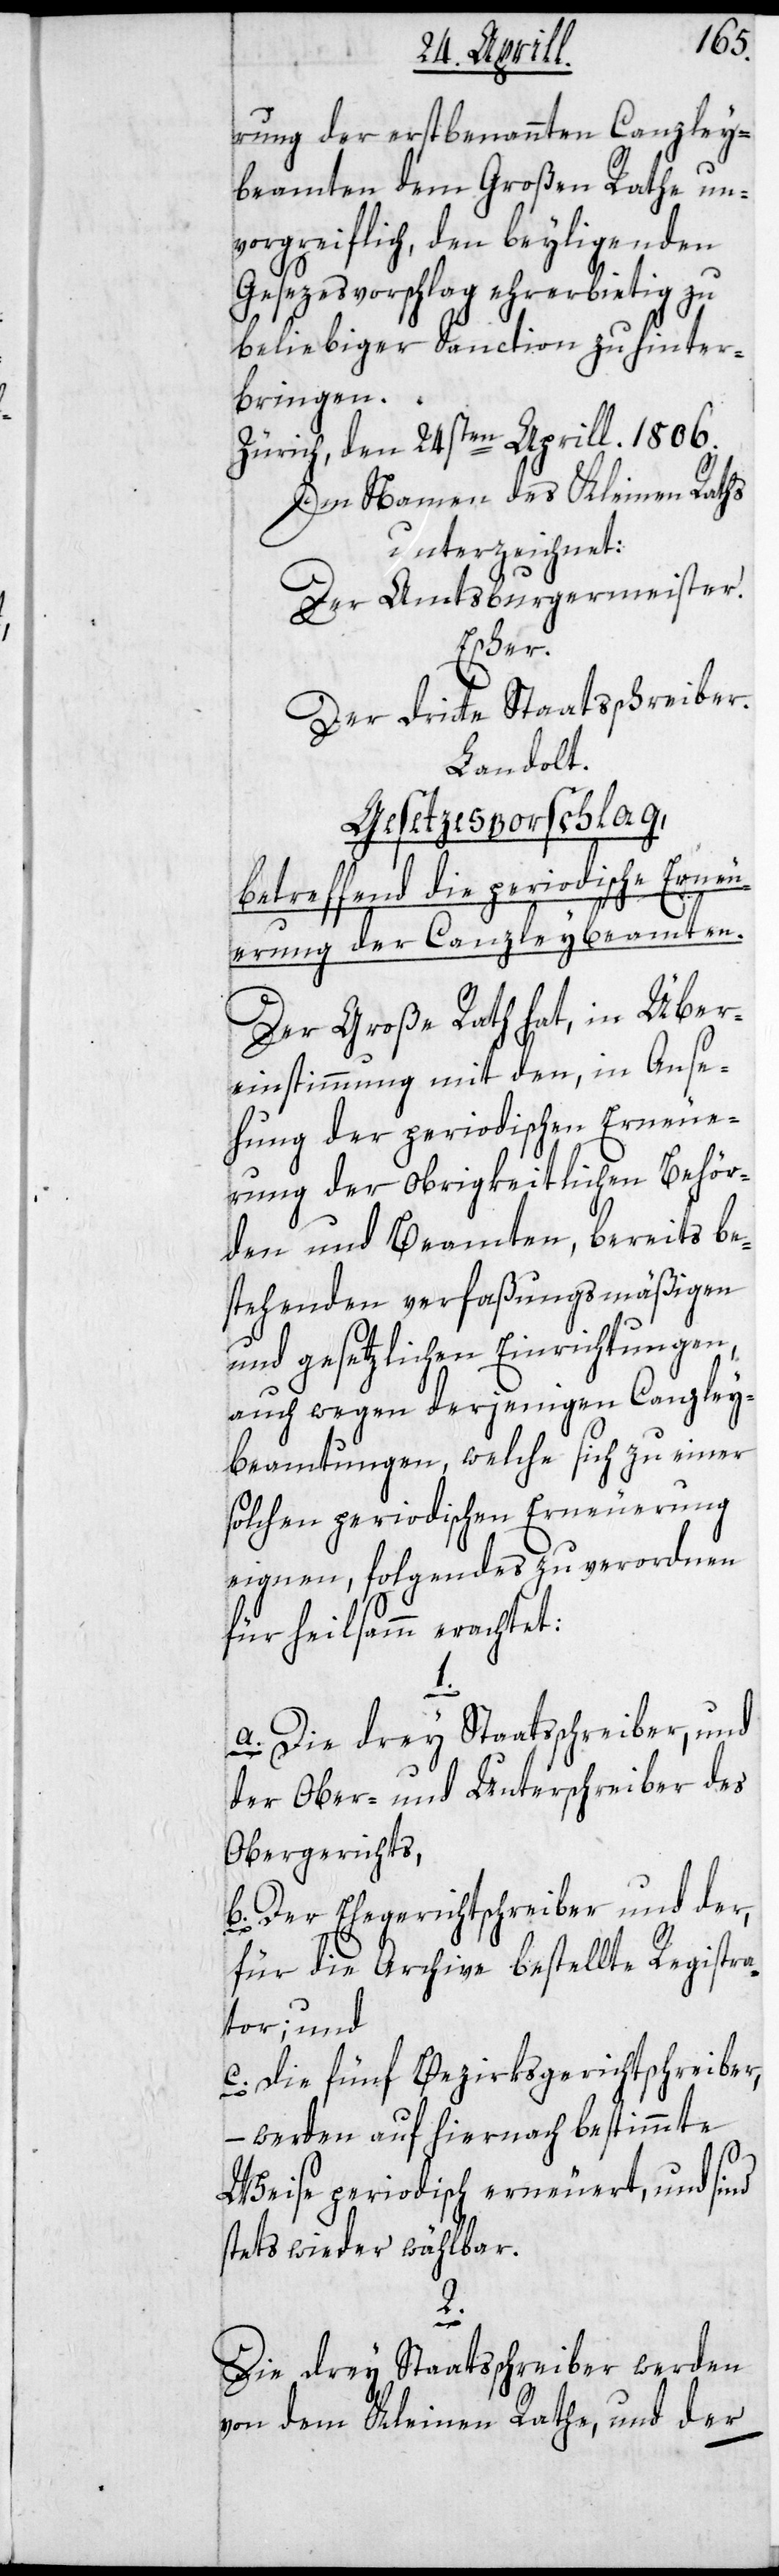
rung der erstbenannten Canzley¬
beamten dem Großen Rathe un¬
vorgreiflich, den beyliegenden
Gesezesvorschlag ehrerbietig zu
beliebiger Sanction zu hinter¬
bringen.
Zürich den 24sten Aprill. 1806.
Im Namen des Kleinen Raths
unterzeichnet:
Der Amtsburgermeister.
der
Der dritte Staatsschreiber.
Landolt.
Gesetzesvorschlag,
betreffend die periodische Erneue¬
Der Große Rath hat, in Über¬
einstimmung mit den, in Anse¬
hung der periodischen Erneue¬
rung der obrigkeitlichen Behör¬
den und Beamten, bereits be¬
stehenden verfaßungsmäßigen
und gesetzlichen Einrichtungen,
auch wegen derjenigen Canzley¬
beamtungen, welche sich zu einer
solchen periodischen Erneuerung
eignen, folgendes zu verordnen
für heilsamm erachtet:
a. Die drey Staatsschreiber, und
der Ober- und Unterschreiber des
Obergerichts,
b. Der Ehegerichtschreiber und der,
für die Archive bestellte Registra¬
tor; und
c. die fünf Bezirksgerichtschreiber,
werden auf hiernach bestimmte
Weise periodisch erneuert, und sind
stets wieder wählbar.
2.
rung
Die drey Staatsschreiber werden
von dem Kleinen Rathe, und der